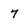
Character: 7